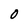
Character: O